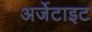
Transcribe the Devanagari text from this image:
अर्जेटाइट